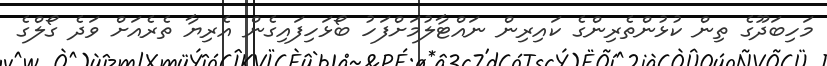
މަހިބަދޫގެ ތިން ކުޅުންތެރިންގެ ކައިރިން ނައްޓާލުމަށްފަހު ބޯޅަހިފައިގެން އެރިޔާ ތެރެއަށް ވަދެ ގޯލްގެ